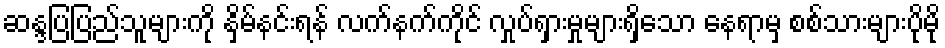
ဆန္ဒပြပြည်သူများကို နှိမ်နင်းရန် လက်နက်ကိုင် လှုပ်ရှားမှုများရှိသော နေရာမှ စစ်သားများပိုမို